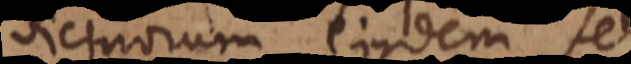
vicinorum ejusdem se